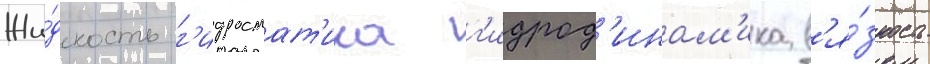
Жи́дкость г'идростат'ика г'идрод'инам'ика в'я́зкость